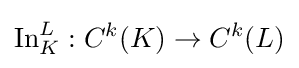
\operatorname {In} _{K}^{L}:C^{k}(K)\to C^{k}(L)